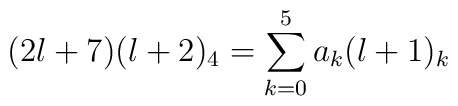
(2l+7)(l+2)_4 = \sum_{k=0}^5 a_k (l+1)_k